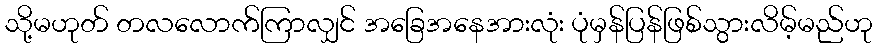
သို့မဟုတ် တလလောက်ကြာလျှင် အခြေအနေအားလုံး ပုံမှန်ပြန်ဖြစ်သွားလိမ့်မည်ဟု